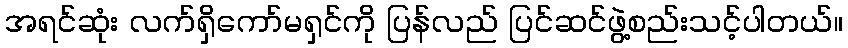
အရင်ဆုံး လက်ရှိကော်မရှင်ကို ပြန်လည် ပြင်ဆင်ဖွဲ့စည်းသင့်ပါတယ်။